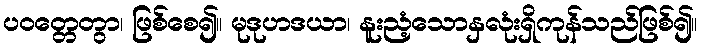
ပဝတ္တေတွာ၊ ဖြစ်စေ၍။ မုဒုဟဒယာ၊ နူးညံ့သောနှလုံးရှိကုန်သည်ဖြစ်၍။